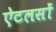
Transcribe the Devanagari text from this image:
ऐटलसों